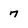
Character: 7